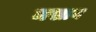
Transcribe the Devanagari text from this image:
मखान